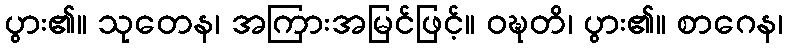
ပွား၏။ သုတေန၊ အကြားအမြင်ဖြင့်။ ဝဍ္ဎတိ၊ ပွား၏။ စာဂေန၊